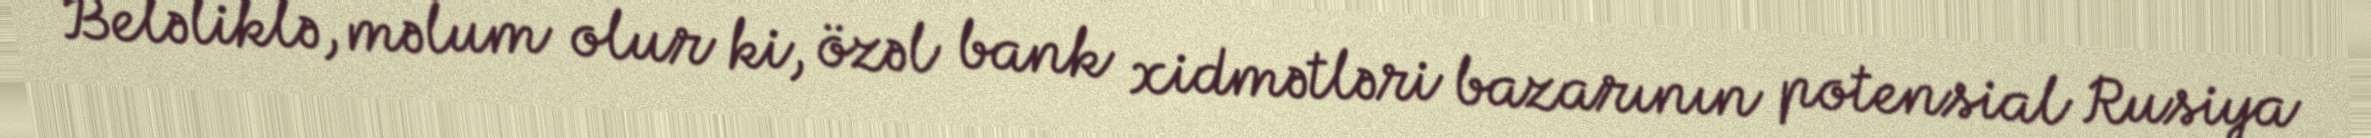
Beləliklə, məlum olur ki, özəl bank xidmətləri bazarının potensial Rusiya